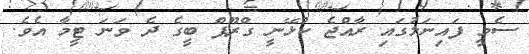
ސެމީ ފައިނަލުގައި ރާއްޖެ ކުޅޭނީ ގްރޫޕް ބީގެ ދެ ވަނަ ޓީމާ އެވެ.